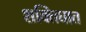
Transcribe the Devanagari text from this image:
शक्तिघात